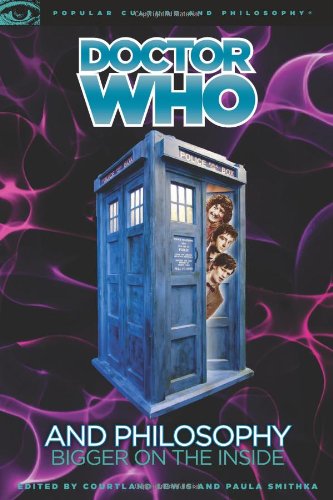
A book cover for Doctor Who and Philosophy: Bigger on the Inside (Popular Culture and Philosophy); Humor & Entertainment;